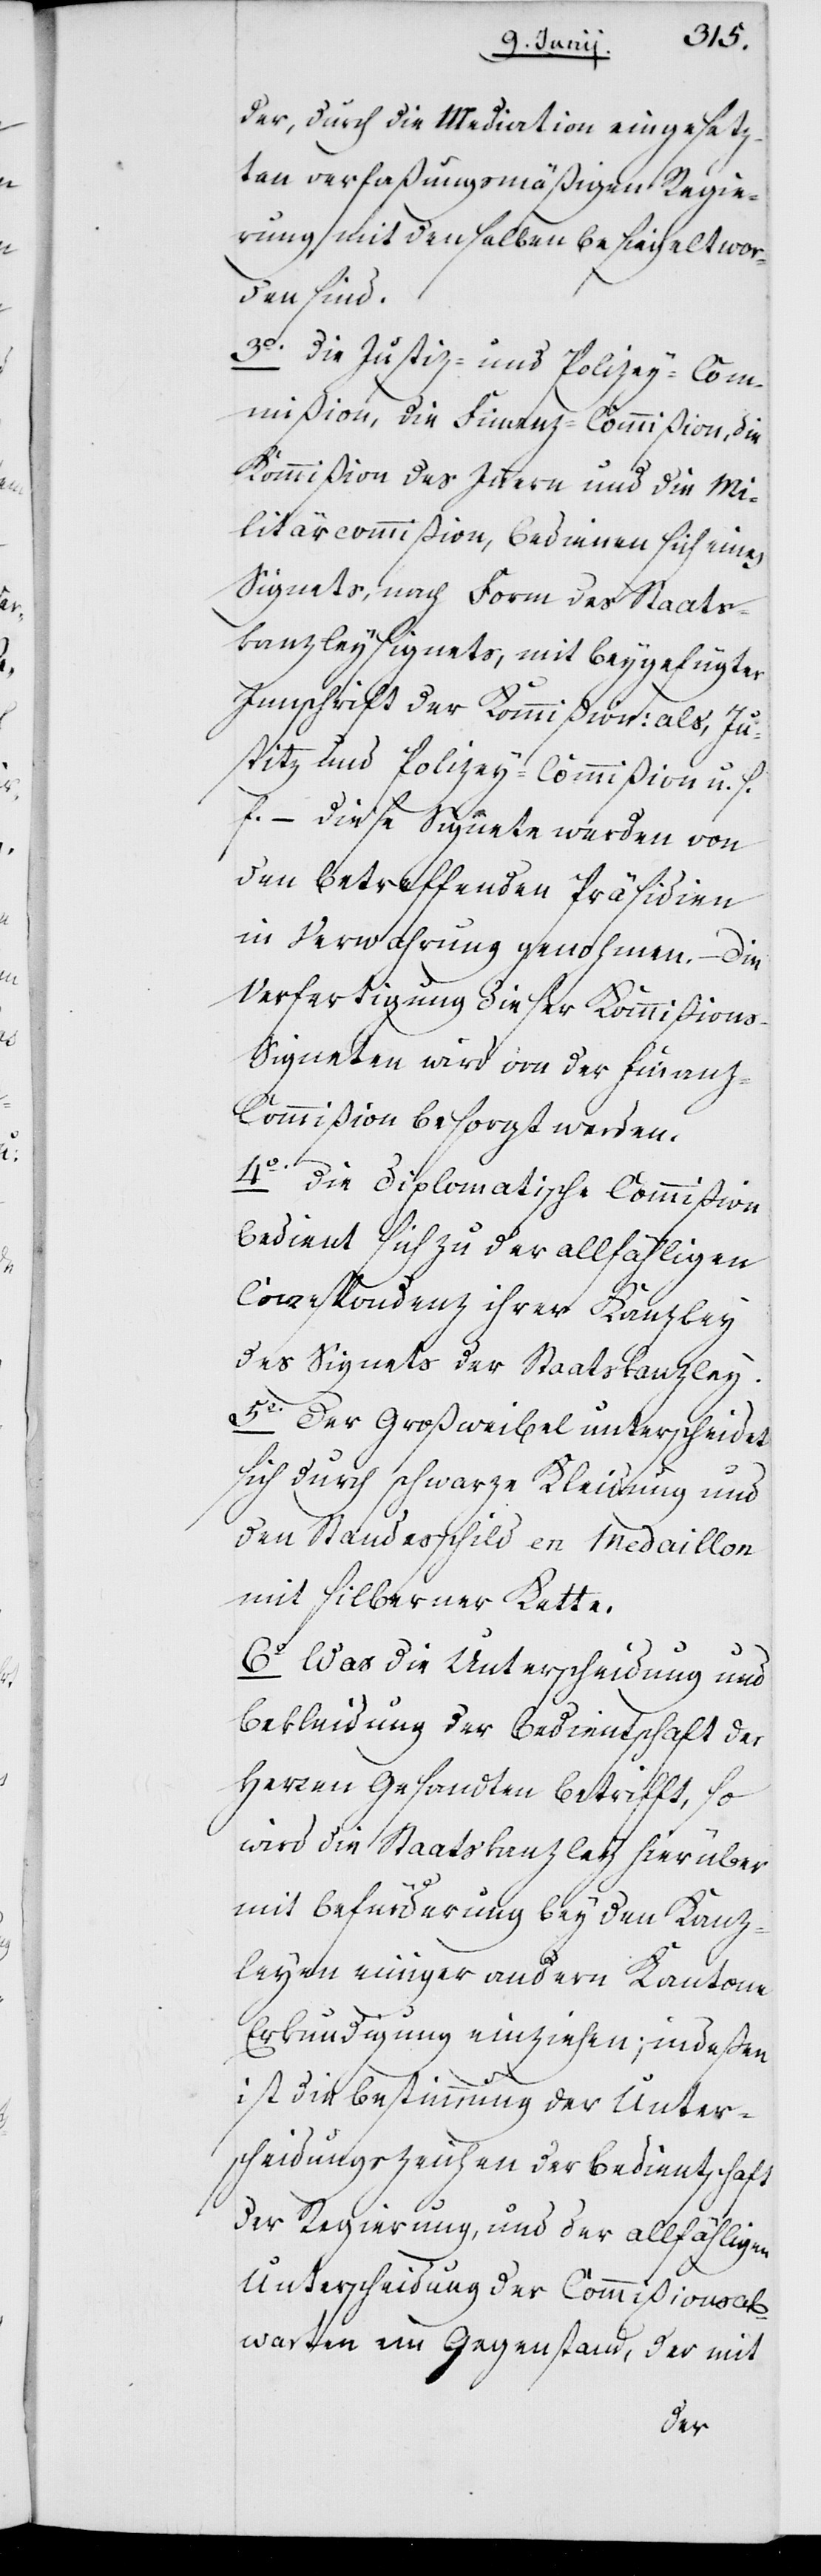
der durch die Mediation eingesetz¬
ten verfaßungsmäßigen Regie¬
rung mit denselben besiegelt wor¬
den sind.
3o. Die Justiz- und Polizey-Com¬
mißion, die Finanz-Commißion, die
Kommißion des Innern und die Mi¬
litärkommißion, bedienen sich eines
Signets, nach Form des Staats¬
kanzleysignets, mit beygefügter
Innschrift der Kommißion: als, Ju¬
stitz- und Polizey-Commißion u. s.
f. – Diese Signete werden von
den betreffenden Präsidien
in Verwahrung genohmen. – Die
Verfertigung dieser Kommißion¬
s-Signeten wird von der Finan¬
z-Commißion besorgt werden.
4o. Die diplomatische Commißion
bedient sich zu der allfähligen
Correspondenz ihrer Kanzley
des Signets der Staatskanzley.
5o. Der Großweibel unterscheidet
sich durch schwarze Kleidung und
den Standesschild en Medaillon
mit silberner Kette.
6o Was die Unterscheidung und
Bekleidung der Bedientschaft der
Herren Gesandten betrifft, so
wird die Staatskanzley hierüber
mit Befürderung bey den Kanz¬
leyen einiger andern Kantone
Erkundigung einziehen; indeßen
ist die Bestimmung der Unter¬
scheidungszeichen der Bedientschaft
der Regierung, und der allfähligen
Unterscheidung der Commißionsab¬
warten ein Gegenstand, der mit